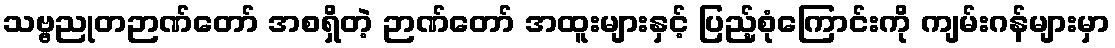
သဗ္ဗညုတဉာဏ်တော် အစရှိတဲ့ ဉာဏ်တော် အထူးများနှင့် ပြည့်စုံကြောင်းကို ကျမ်းဂန်များမှာ